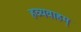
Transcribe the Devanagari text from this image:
हव्यवाहम्